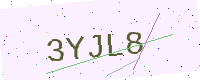
Text: 3YJL8